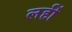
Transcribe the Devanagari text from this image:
लहीं